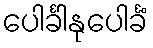
ပေါင်္ခါနုပေါင်္ခံ